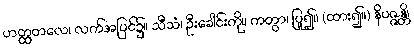
ဟတ္ထတလေ၊ လက်အပြင်၌။ သီသံ၊ ဦးခေါင်းကို။ ကတွာ၊ ပြု၍။ (ထား၍။) နိပဇ္ဇန္တိ၊